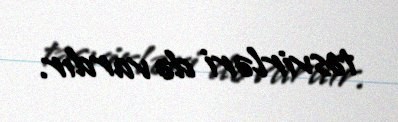
təsvirləri də vardır.